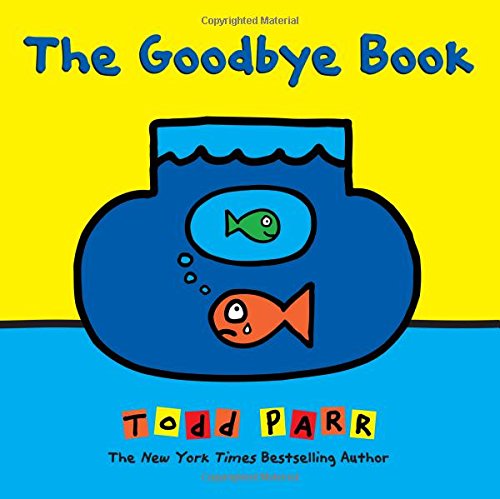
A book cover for The Goodbye Book; Todd Parr; Children's Books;